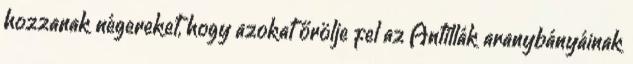
hozzanak négereket, hogy azokat őrölje fel az Antillák aranybányáinak